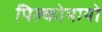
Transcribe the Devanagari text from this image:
पिल्कोमायो